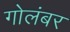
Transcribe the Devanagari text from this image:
गोलंबर